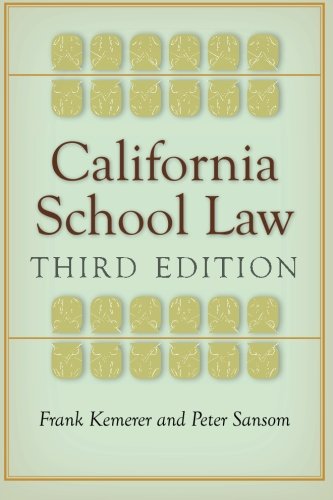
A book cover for California School Law: Third Edition; Frank Kemerer; Law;